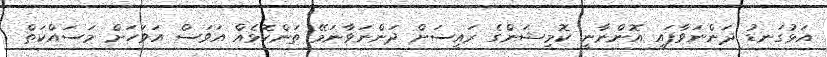
އަޅުގަނޑު ދަންނަވާފައި އޮންނާނީ ކޮމިޝަންގެ ރައީސަށް ދަންނަވާނަމޭ ތަންކޮޅެއް އަވަސް އަވަހަށް މަސައްކަތް